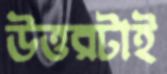
উত্তরটাই